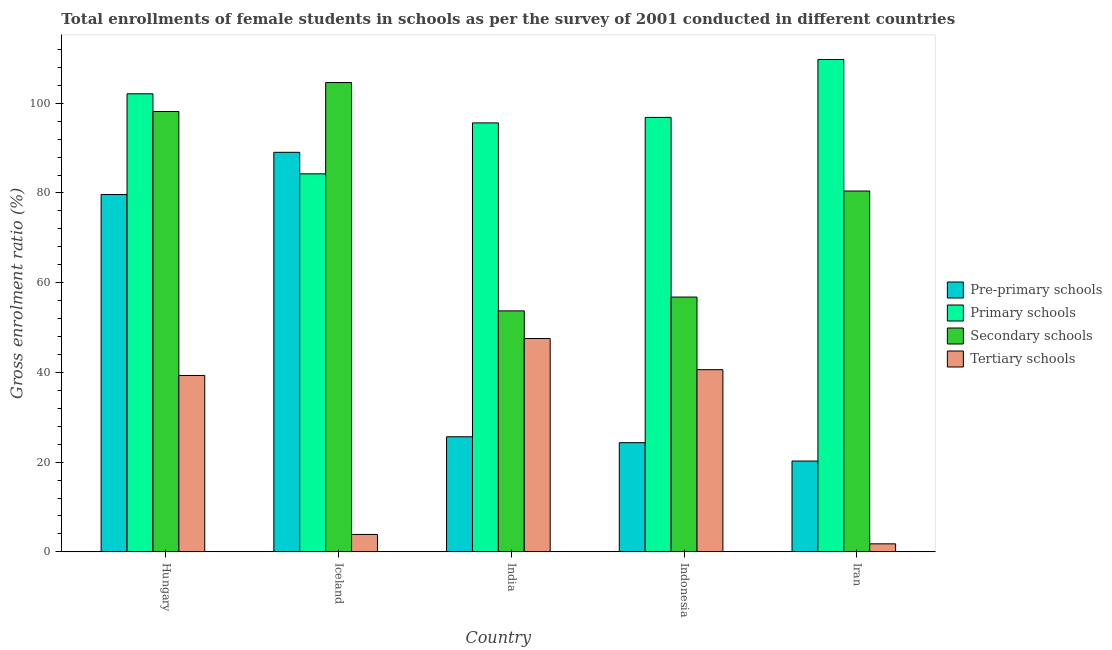
| Country | Pre-primary schools | Primary schools | Secondary schools | Tertiary schools |
 | --- | --- | --- | --- | --- |
 | Hungary | 79.6 | 102 | 98.2 | 39.3 |
 | Iceland | 89.1 | 84.3 | 105 | 3.88 |
 | India | 25.7 | 95.6 | 53.7 | 47.6 |
 | Indonesia | 24.3 | 96.8 | 56.8 | 40.6 |
 | Iran | 20.2 | 110 | 80.4 | 1.79 |